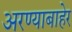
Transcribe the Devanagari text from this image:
अरण्याबाहेर